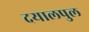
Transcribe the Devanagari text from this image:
दयालपुल